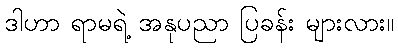
ဒါဟာ ရာမရဲ့ အနုပညာ ပြခန်း များလား။